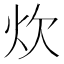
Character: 炊